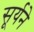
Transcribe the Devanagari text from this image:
सूर्यने